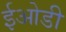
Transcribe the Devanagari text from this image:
ईओडी